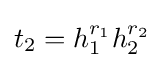
t_{2}=h_{1}^{r_{1}}h_{2}^{r_{2}}